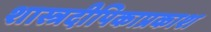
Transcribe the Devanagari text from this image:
शास्त्रदीपिकाप्रकाश